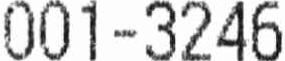
001-3246